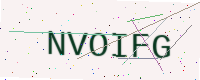
Text: NVOIFG